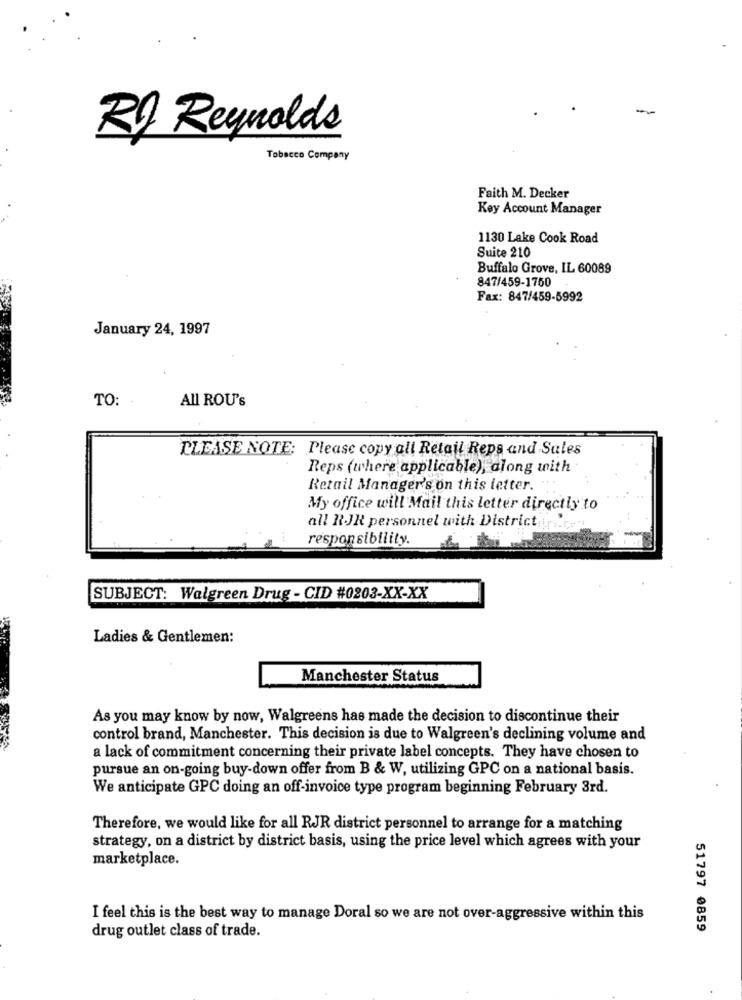
RD Reynolds
Tobacco Company
Faith M. Decker
Key Account Manager
1130 Lake Cook Road
Suite 210
Buffalo Grove, IL 60089
847/459-1750
Fax: 847/459-5992
January 24, 1997
TO:
All ROU's
PLEASE NOTE: Please copy all Retail Reps and Sules
Reps (where applicable), along with
Retail Manager's on this letter.
My office will Mail this letter directly to
all RJR personnel with District ... "
responsibility.
SUBJECT: Walgreen Drug - CID #0203-XX-XX
Ladies & Gentlemen:
Manchester Status
As you may know by now, Walgreens has made the decision to discontinue their
control brand, Manchester. This decision is due to Walgreen's declining volume and
a lack of commitment concerning their private label concepts. They have chosen to
pursue an on-going buy-down offer from B & W, utilizing GPC on a national basis.
We anticipate GPC doing an off-invoice type program beginning February 3rd.
Therefore, we would like for all RJR district personnel to arrange for a matching
strategy, on a district by district basis, using the price level which agrees with your
marketplace.
I feel this is the best way to manage Doral so we are not over-aggressive within this
drug outlet class of trade.
51797 0859